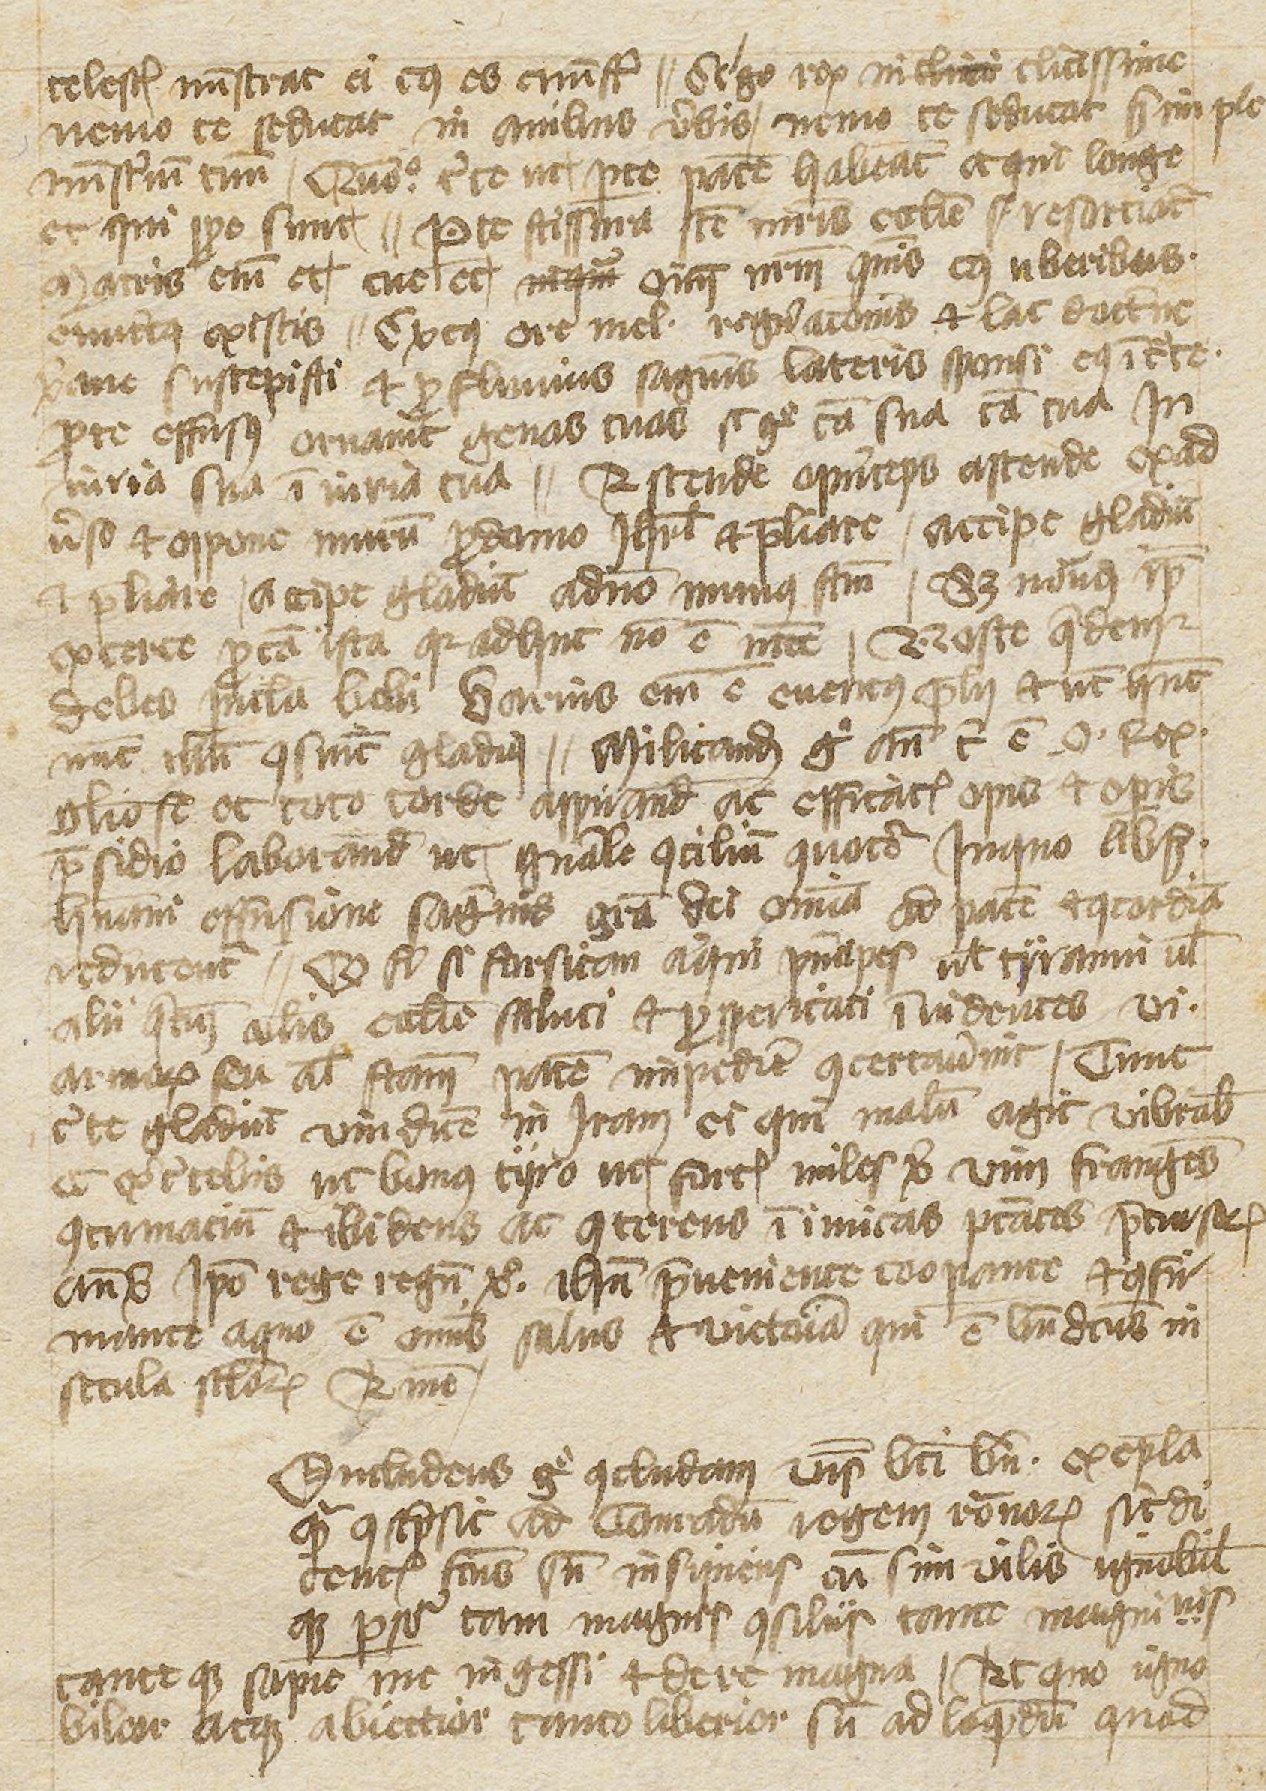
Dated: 1397–1397